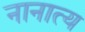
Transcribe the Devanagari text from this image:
नानात्य